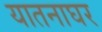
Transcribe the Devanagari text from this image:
यातनाघर